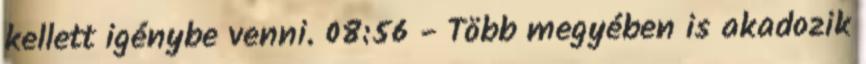
kellett igénybe venni. 08:56 - Több megyében is akadozik